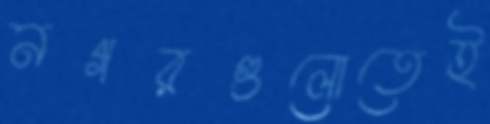
নগরগুলোতেই